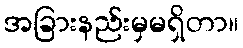
အခြားနည်းမှမရှိတာ။